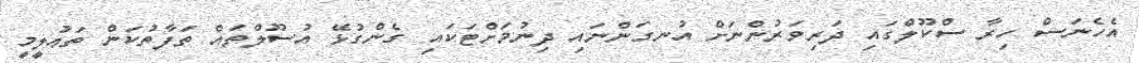
އެހެނަސް ހިރާ ސްކޫލްގައި ދަރިވަރުންނަށް އުނގަންނައި ދިނުމަށްޓަކައި ގެންގުޅޭ އުސޫލްތައް ތަފާތުކަން ތަޢުލީމީ